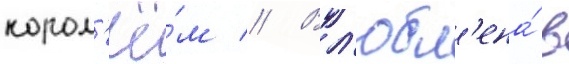
корол'ё́м // Вл'юбл'ена́ в